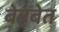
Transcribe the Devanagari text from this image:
बेहबेत